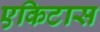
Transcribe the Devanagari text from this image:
एकिटास